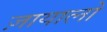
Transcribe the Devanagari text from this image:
ज़ायालो